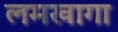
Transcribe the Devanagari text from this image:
लमखागा